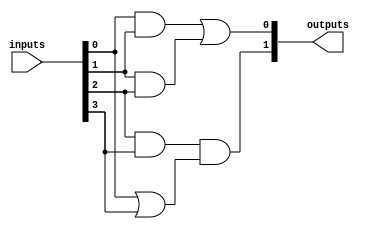
module jewel_pal (
    input wire [INPUT_WIDTH-1:0] inputs,  // Input signals
    output wire [OUTPUT_WIDTH-1:0] outputs // Output signals
);

// Parameters for the design
parameter INPUT_WIDTH = 4;   // Number of input pins
parameter AND_GATES = 4;      // Number of programmable AND gates
parameter OUTPUT_WIDTH = 2;   // Number of output pins

// Programmable AND Gates
wire [AND_GATES-1:0] and_outputs;

// Each AND gate can take any combination of the inputs.
// Here we are defining specific product terms for AND gates.
assign and_outputs[0] = inputs[0] & inputs[1];    // AND Gate 0
assign and_outputs[1] = inputs[1] & inputs[2];    // AND Gate 1
assign and_outputs[2] = inputs[2] & inputs[3];    // AND Gate 2
assign and_outputs[3] = inputs[0] | inputs[3];    // AND Gate 3 (e.g., ORing for a different term)

// Fixed OR Gates
// The outputs of the AND gates are fed into the fixed OR gates.
assign outputs[0] = and_outputs[0] | and_outputs[1]; // OR Gate 0
assign outputs[1] = and_outputs[2] & and_outputs[3]; // OR Gate 1

endmodule